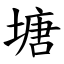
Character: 塘